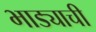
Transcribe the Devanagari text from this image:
भाड्याची